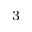
^ 3